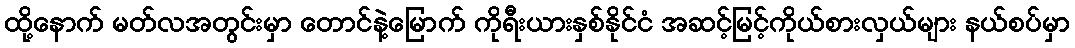
ထို့နောက် မတ်လအတွင်းမှာ တောင်နဲ့မြောက် ကိုရီးယားနှစ်နိုင်ငံ အဆင့်မြင့်ကိုယ်စားလှယ်များ နယ်စပ်မှာ